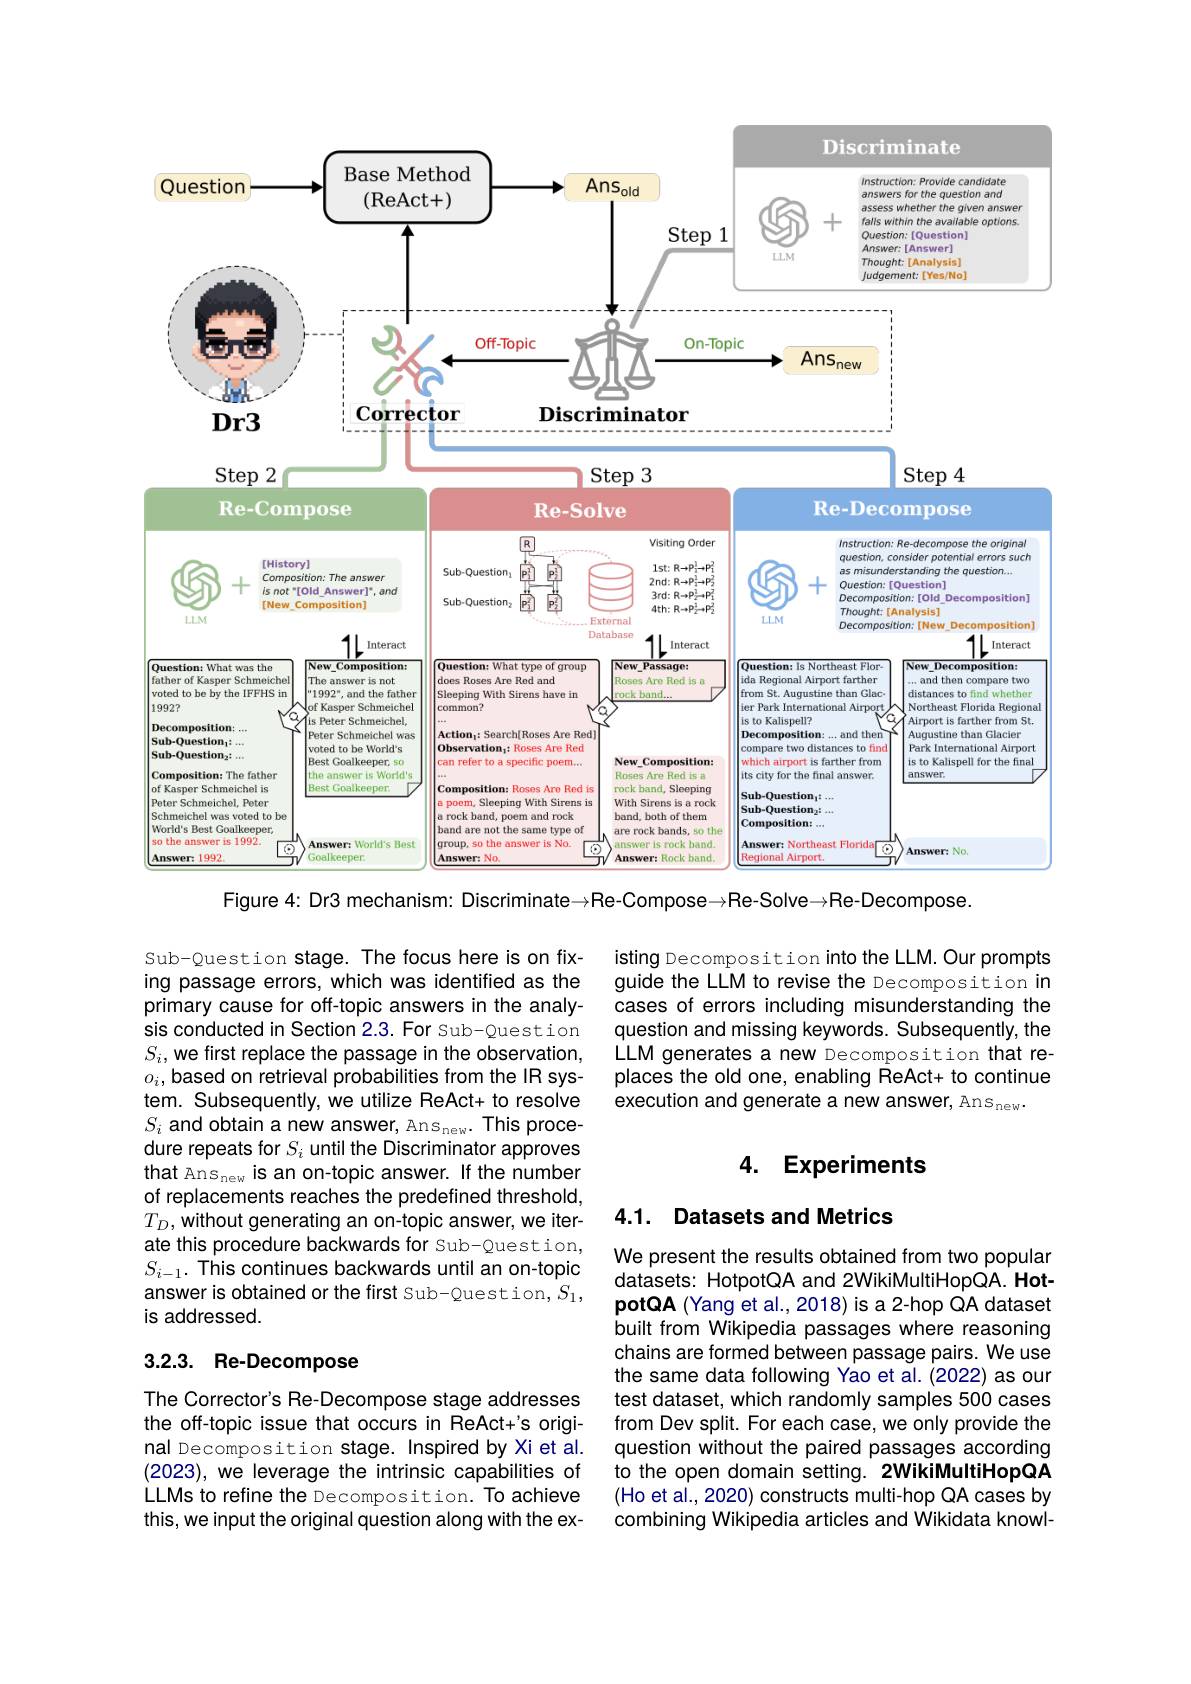
<FigureHere>

Figure 4: Dr3 mechanism: Discriminate→Re-Compose→Re-Solve→Re-Decompose.

Sub-Question stage. The focus here is on fixing passage errors, which was identified as the primary cause for off-topic answers in the analysis conducted in Section 2.3. For Sub-Question $S_i$,we first replace the passage in the observation, $o_{i}$,based on retrieval probabilities from the IR system. Subsequently, we utilize ReAct+ to resolve $S_i$ and obtain a new answer, Ans $\mathrm s_\mathrm{new}.$ This procedure repeats for $S_i$ until the Discriminator approves that Ans$_\mathrm{new}$ is an on-topic answer. If the number of replacements reaches the predefined threshold, $T_D$, without generating an on-topic answer, we iterate this procedure backwards for Sub-Question, $S_{i-1}.$ This continues backwards until an on-topic answer is obtained or the first Sub-Question, $S_1$, is addressed.

## 3.2.3. Re-Decompose

The Corrector's Re-Decompose stage addresses the off-topic issue that occurs in ReAct+'s original Decomposition stage. Inspired by Xi et al. (2023), we leverage the intrinsic capabilities of LLMs to refine the Decomposition. To achieve this, we input the original question along with the ex-

isting Decomposition into the LLM. Our prompts guide the LLM to revise the Decomposition in cases of errors including misunderstanding the question and missing keywords. Subsequently, the LLM generates a new Decomposition that replaces the old one, enabling ReAct+ to continue execution and generate a new answer, Ans $_\mathrm{new}.$

## 4. Experiments

### 4.1. Datasets and Metrics

We present the results obtained from two popular datasets: HotpotQA and 2WikiMultiHopQA. HotpotQA (Yang et al.,2018) is a 2-hop QA dataset built from Wikipedia passages where reasoning chains are formed between passage pairs. We use the same data following Yao et al. (2022) as our test dataset, which randomly samples 500 cases from Dev split. For each case, we only provide the question without the paired passages according to the open domain setting. 2WikiMultiHopQA (Ho et al., 2020) constructs multi-hop QA cases by combining Wikipedia articles and Wikidata knowl-